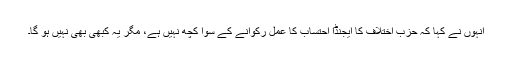
انہوں نے کہا کہ حزبِ اختلاف کا ایجنڈا احتساب کا عمل رکوانے کے سوا کچھ نہیں ہے، مگر یہ کبھی بھی نہیں ہو گا۔